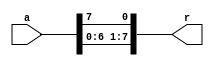
`timescale 1ns / 1ps
module CLS_8(
	input [7:0] a,
	output [7:0]r
    );
	
assign r = {a[6:0],a[7]};
endmodule